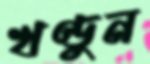
খণ্ডুন